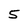
Character: 5